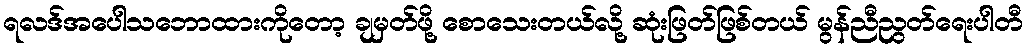
ရလဒ်အပေါသဘောထားကိုတော့ ချမှတ်ဖို့ စောသေးတယ်လို့ ဆုံးဖြတ်ဖြစ်တယ် မွန်ညီညွတ်ရေးပါတီ